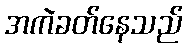
အကဲခတ်နေသည်